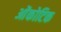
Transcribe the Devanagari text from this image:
ओंकोटिक